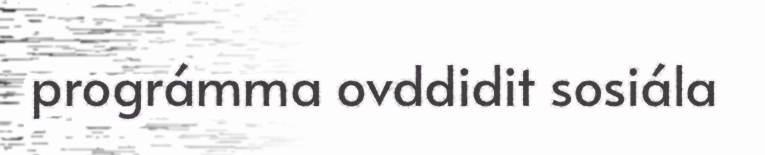
prográmma ovddidit sosiála